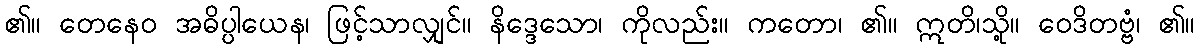
၏။ တေနေဝ အဓိပ္ပါယေန၊ ဖြင့်သာလျှင်။ နိဒ္ဒေသော၊ ကိုလည်း။ ကတော၊ ၏။ ဣတိ၊သို့။ ဝေဒိတဗ္ဗံ၊ ၏။